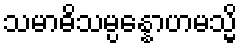
သမာဓိသမ္ပန္နောဟမသ္မိ